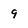
Character: 9